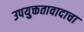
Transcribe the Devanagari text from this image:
उपयुक्ततावादाचा